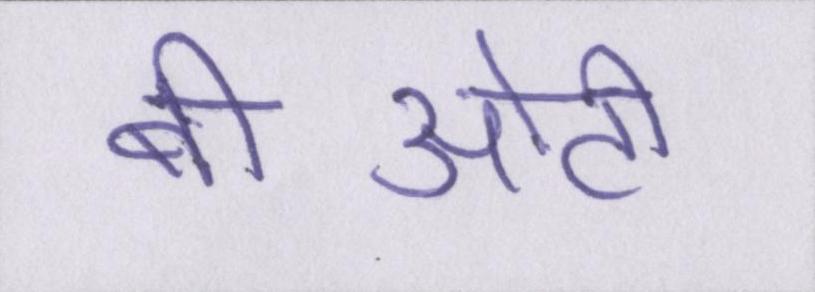
बीओटी